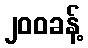
၂၀၀ခန့်